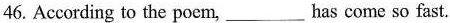
46. According to the poem,___has come so fast.